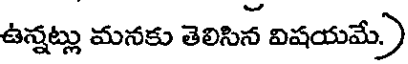
ఉన్నట్లు మనకు తెలిసిన విషయమే)